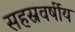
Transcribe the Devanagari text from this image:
सहस्रवर्षीय